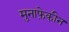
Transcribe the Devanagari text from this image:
मुनाफे़की़न